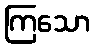
ကြသော